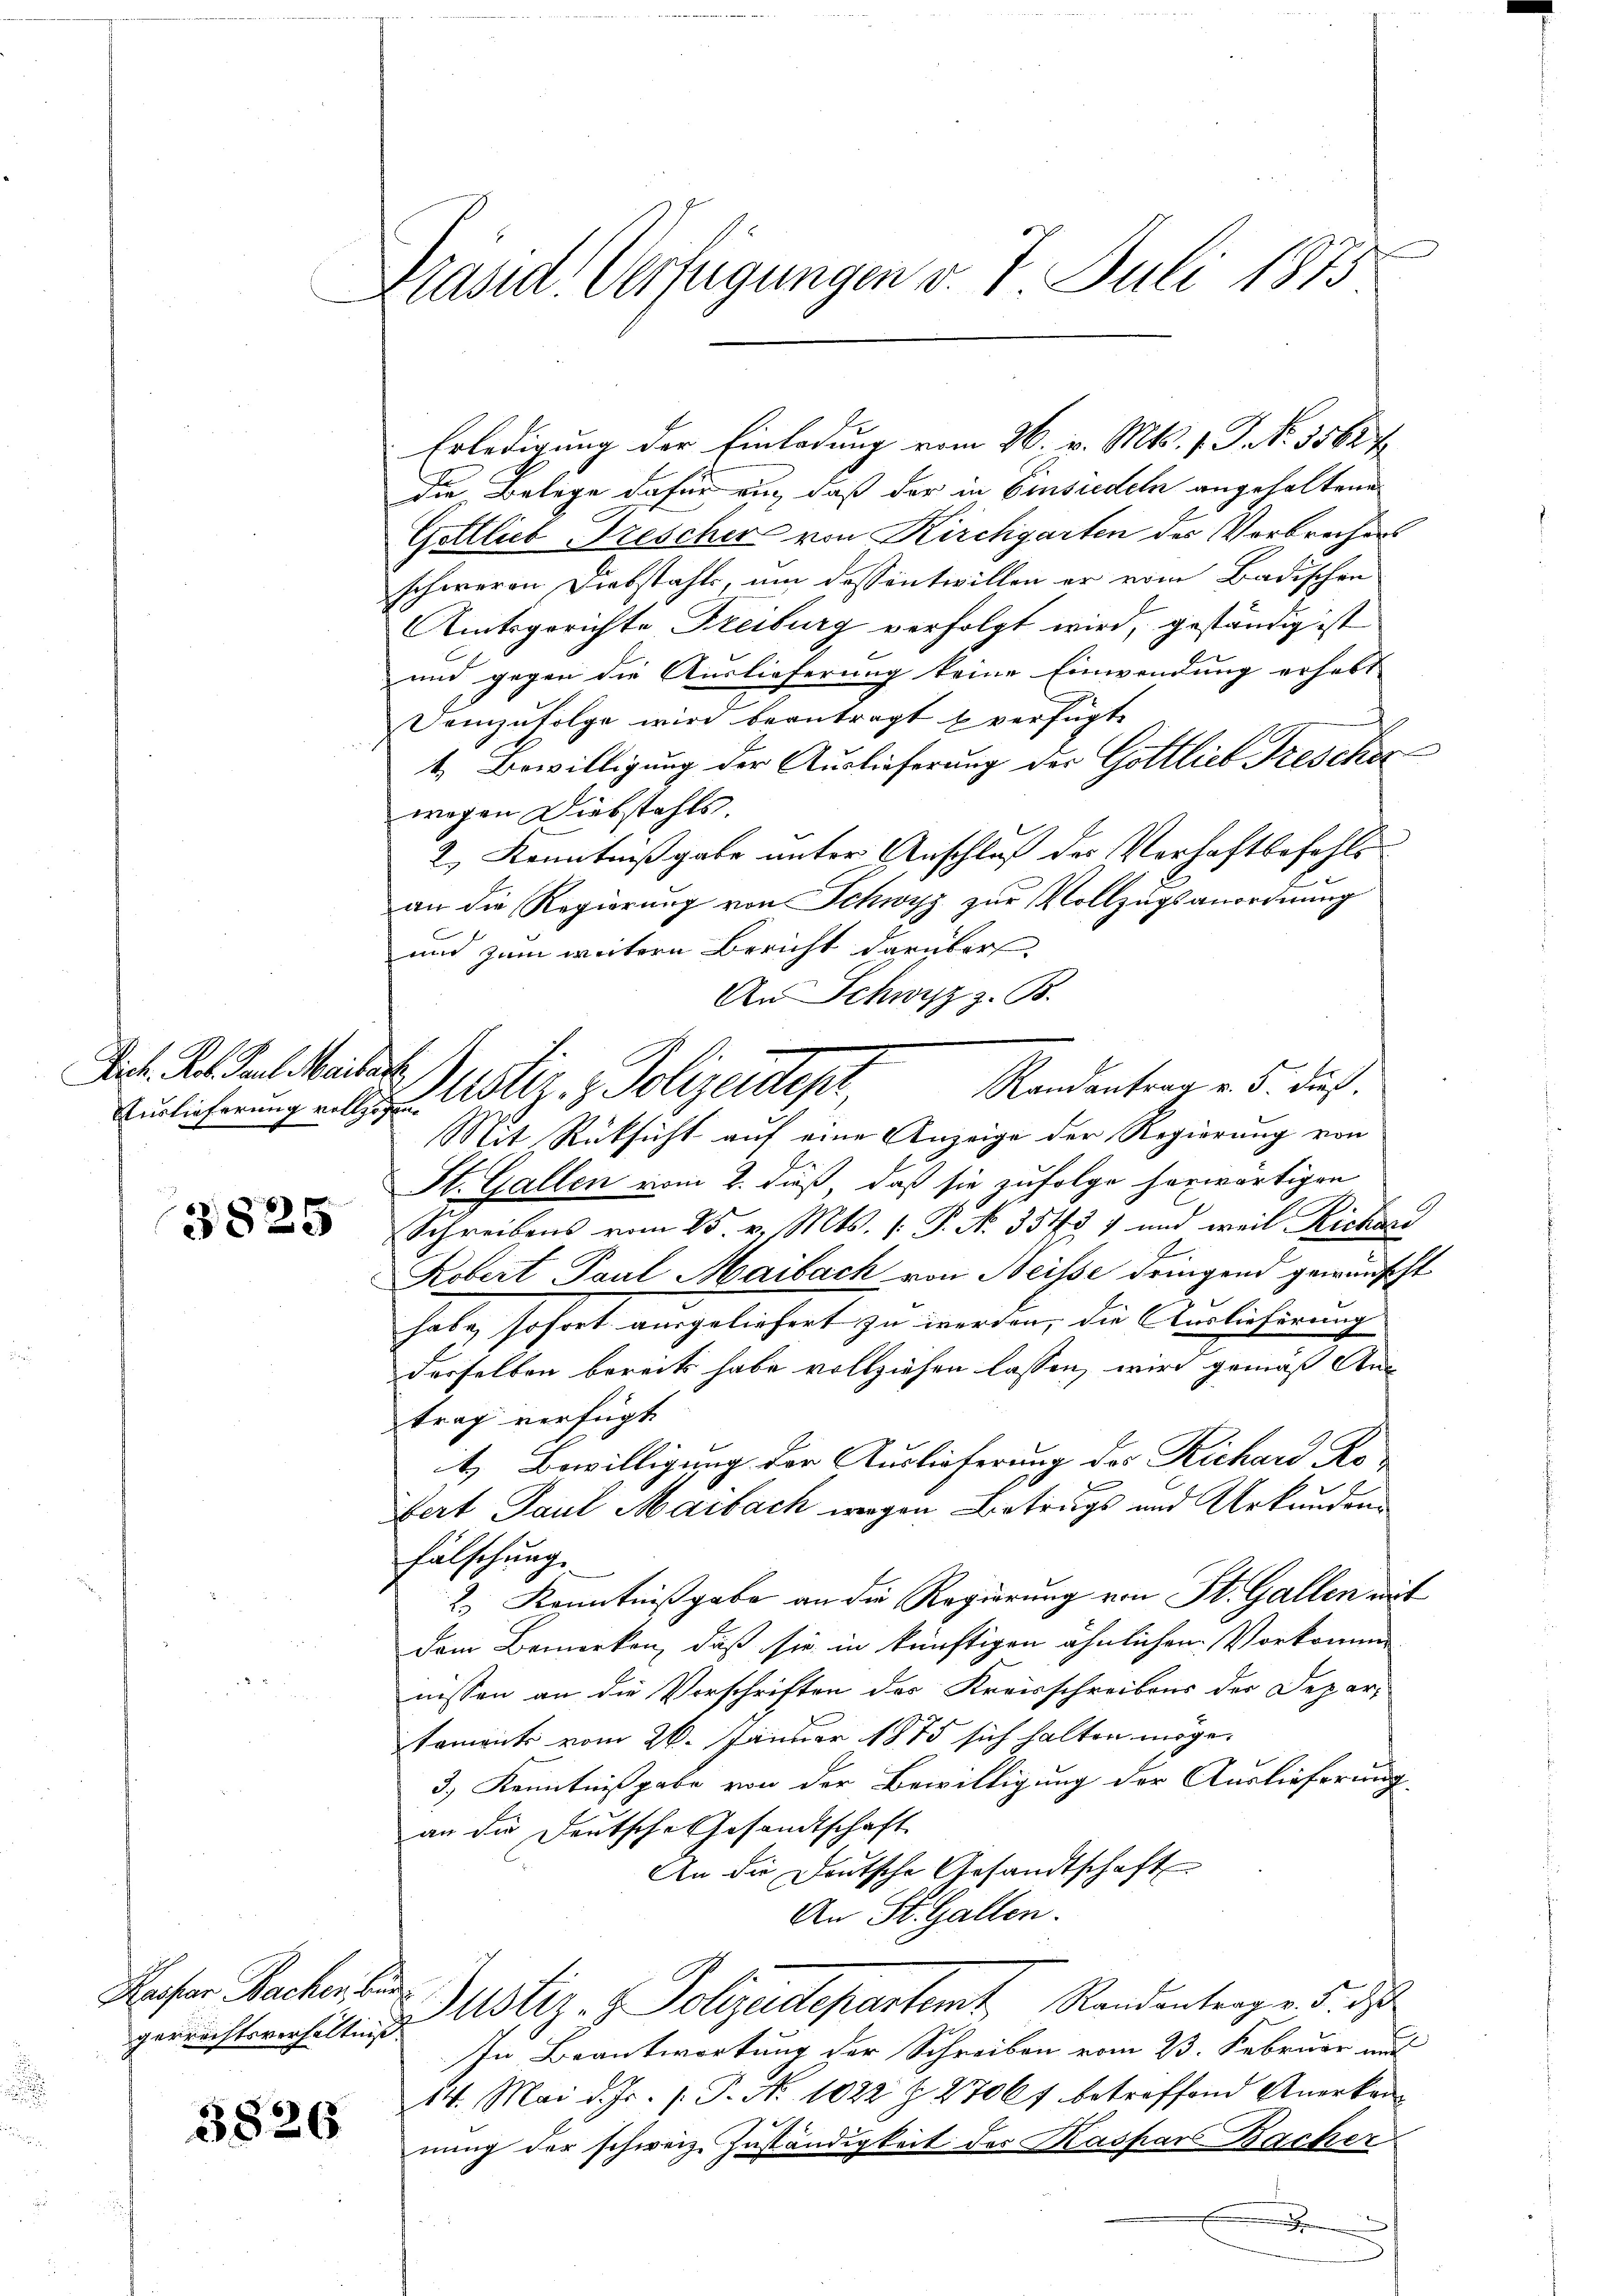
Dich. Rob. Paul Meibart

3825

Kaspar Bacher, be
gerrechtsverhältniß

3826

Präsid. Verfügungen v. 7. Juli 1873

Erledigung der Einladung vom 26. v. Mts. 1. P. Nr. 35627
die Belege dafür auch, daß der in Einsiedeln angehaltene
Gottlieb Drescher von Kirchgarten des Verbrechens
schweren Diebstahls, um dessentwillen er vom Badischen
Amtsgerichte Freiburg verfolgt wird, geständig ist
und gegen die Auslieferung keine Einwendung erhebt
Demzufolge wird beantragt u verfügte
4. Bewilligung der Auslieferung der Gottlieb Frescher
wegen Diebstahls.
2.) Kenntnißgabe unter Anschluß des Verhaftbefehls
an die Regierung von Schwyz zur Vollzugsanordnung
und zum weitern Bericht darüber
An Schwyz z. B.
Mit Rücksicht auf eine Anzeige der Regierung von
St. Gallen vom 2. dieß, daß sie zufolge herwärtigen
.
Schreibens vom 25. v. Mts. (: P. N. 354. 37 und weil Richari
Kobert Paul Maibach von Neisse dringend gewünscht
habe sofort ausgeliefert zu werden, die Auslicherung
derselben bereits habe vollziehen lassen, wird gemäß Antrag verfügt
t. Bewilligung der Auslieferung des Richard Ko¬
Bert Paul Maibach wegen Betrugs und Urkunden
fälschung.
2.) Kenntnißgabe an die Regierung von St. Gallen mit
dem Bemerken, daß sie in künftigen ähnlichen Vorkomme
nissen an die Vorschriften des Kreisschreibens der Deparsament vom 26. Januar 1875 sich halten möge¬
3.) Kenntnißgabe von der Bewilligung der Auslieferung
an die Deutsche Gesandtschaft
An die Deutsche Gesandtschaft
An St. Gallen.
Justiz- & Polizeidepartemt Randantrag v. 5. d.
In Beantwortung der Schreiben vom 23. Februar aus
14. Mai d. Js. p. P. Nr. 1022 § 2700 f betreffend Anerken-
nung der schweiz. Zuständigkeit des Kaspars Backer
x

Randantrag v. 5. dieß.
Anlicherung alle Notiz & Polizeidep